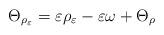
LaTeX: \begin{align*}\Theta_{\rho_\varepsilon}=\varepsilon{\rho_\varepsilon}-\varepsilon\omega+\Theta_\rho\end{align*}